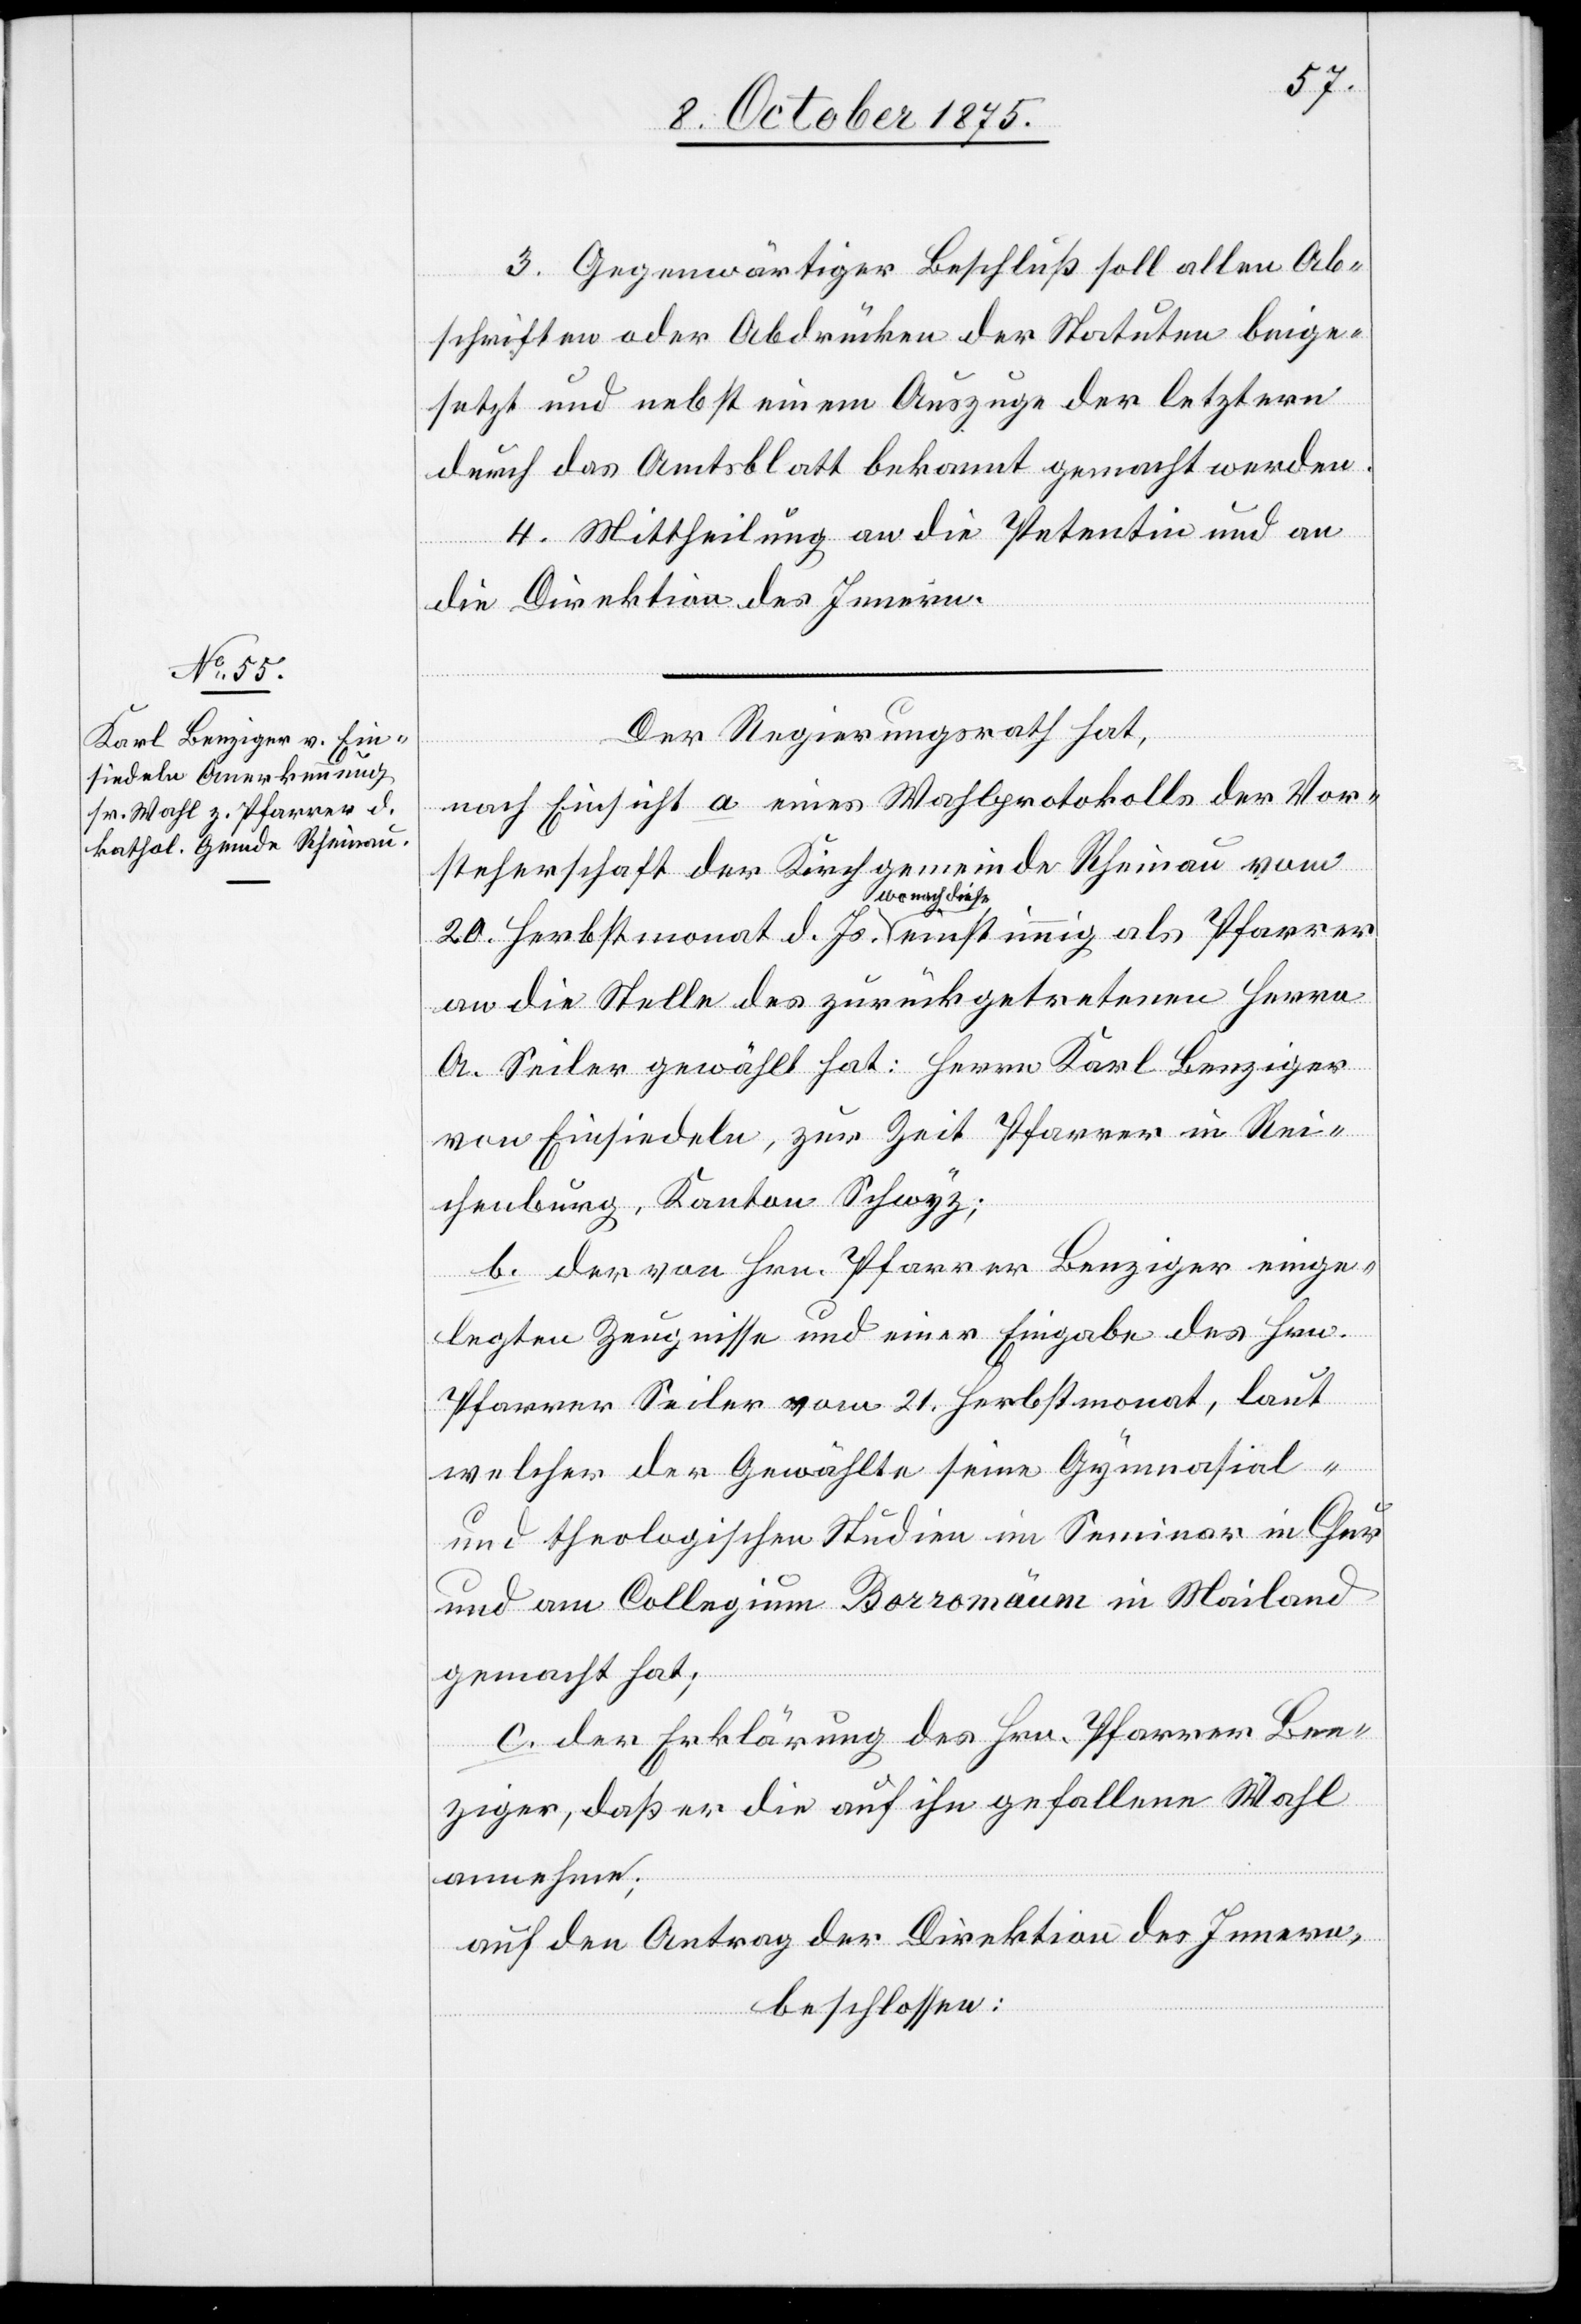
3. Gegenwärtiger Beschluß soll allen Ab¬
schriften oder Abdrücken der Statuten beige¬
setzt und nebst einem Auszuge der letztern
durch das Amtsblatt bekannt gemacht werden.
4. Mittheilung an die Petentin und an
die Direktion des Innern.
Der Regierungsrath hat,
Herbstmonat d.
nach Einsicht a eines Wahlprotokolls der Vor¬
steherschaft der Kirchgemeinde Rheinau vom
wonach diese
an die Stelle des zurückgetretenen Herrn
A. Seiler gewählt hat: Herrn Karl Benziger
von Einsiedeln, zur Zeit Pfarrer in Rei¬
chenburg, Kanton Schwyz;
b. der von Hrn. Pfarrer Benziger einge¬
legten Zeugnisse und einer Eingabe des Hrn.
Pfarrer Seiler vom 21. Herbstmonat, laut
welcher der Gewählte seine Gymnasial-
und theologischen Studien im Seminar in Chur
und am Collegium Borromäum in Mailand
gemacht hat;
c. der Erklärung des Hrn. Pfarrer Ben¬
ziger, daß er die auf ihn gefallene Wahl
annehme;
auf den Antrag der Direktion des Innern,
beschlossen: